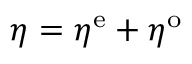
\boldsymbol { \eta } = \boldsymbol { \eta } ^ { \mathrm { e } } + \boldsymbol { \eta } ^ { \mathrm { o } }